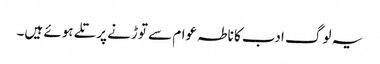
یہ لوگ ادب کا ناطہ عوام سے توڑنے پر تلے ہوئے ہیں۔